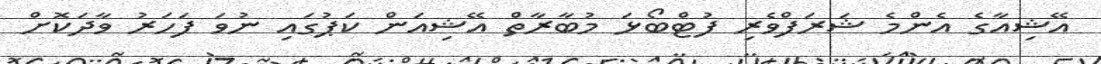
އޭޝިއާގެ އެންމެ ޝަރަފްވެރި ފުޓްބޯޅަ މުބާރާތް އޭޝިއަން ކަޕުގައި ނުވަ ފަހަރު ވާދަކޮށް